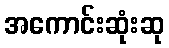
အကောင်းဆုံးဆု